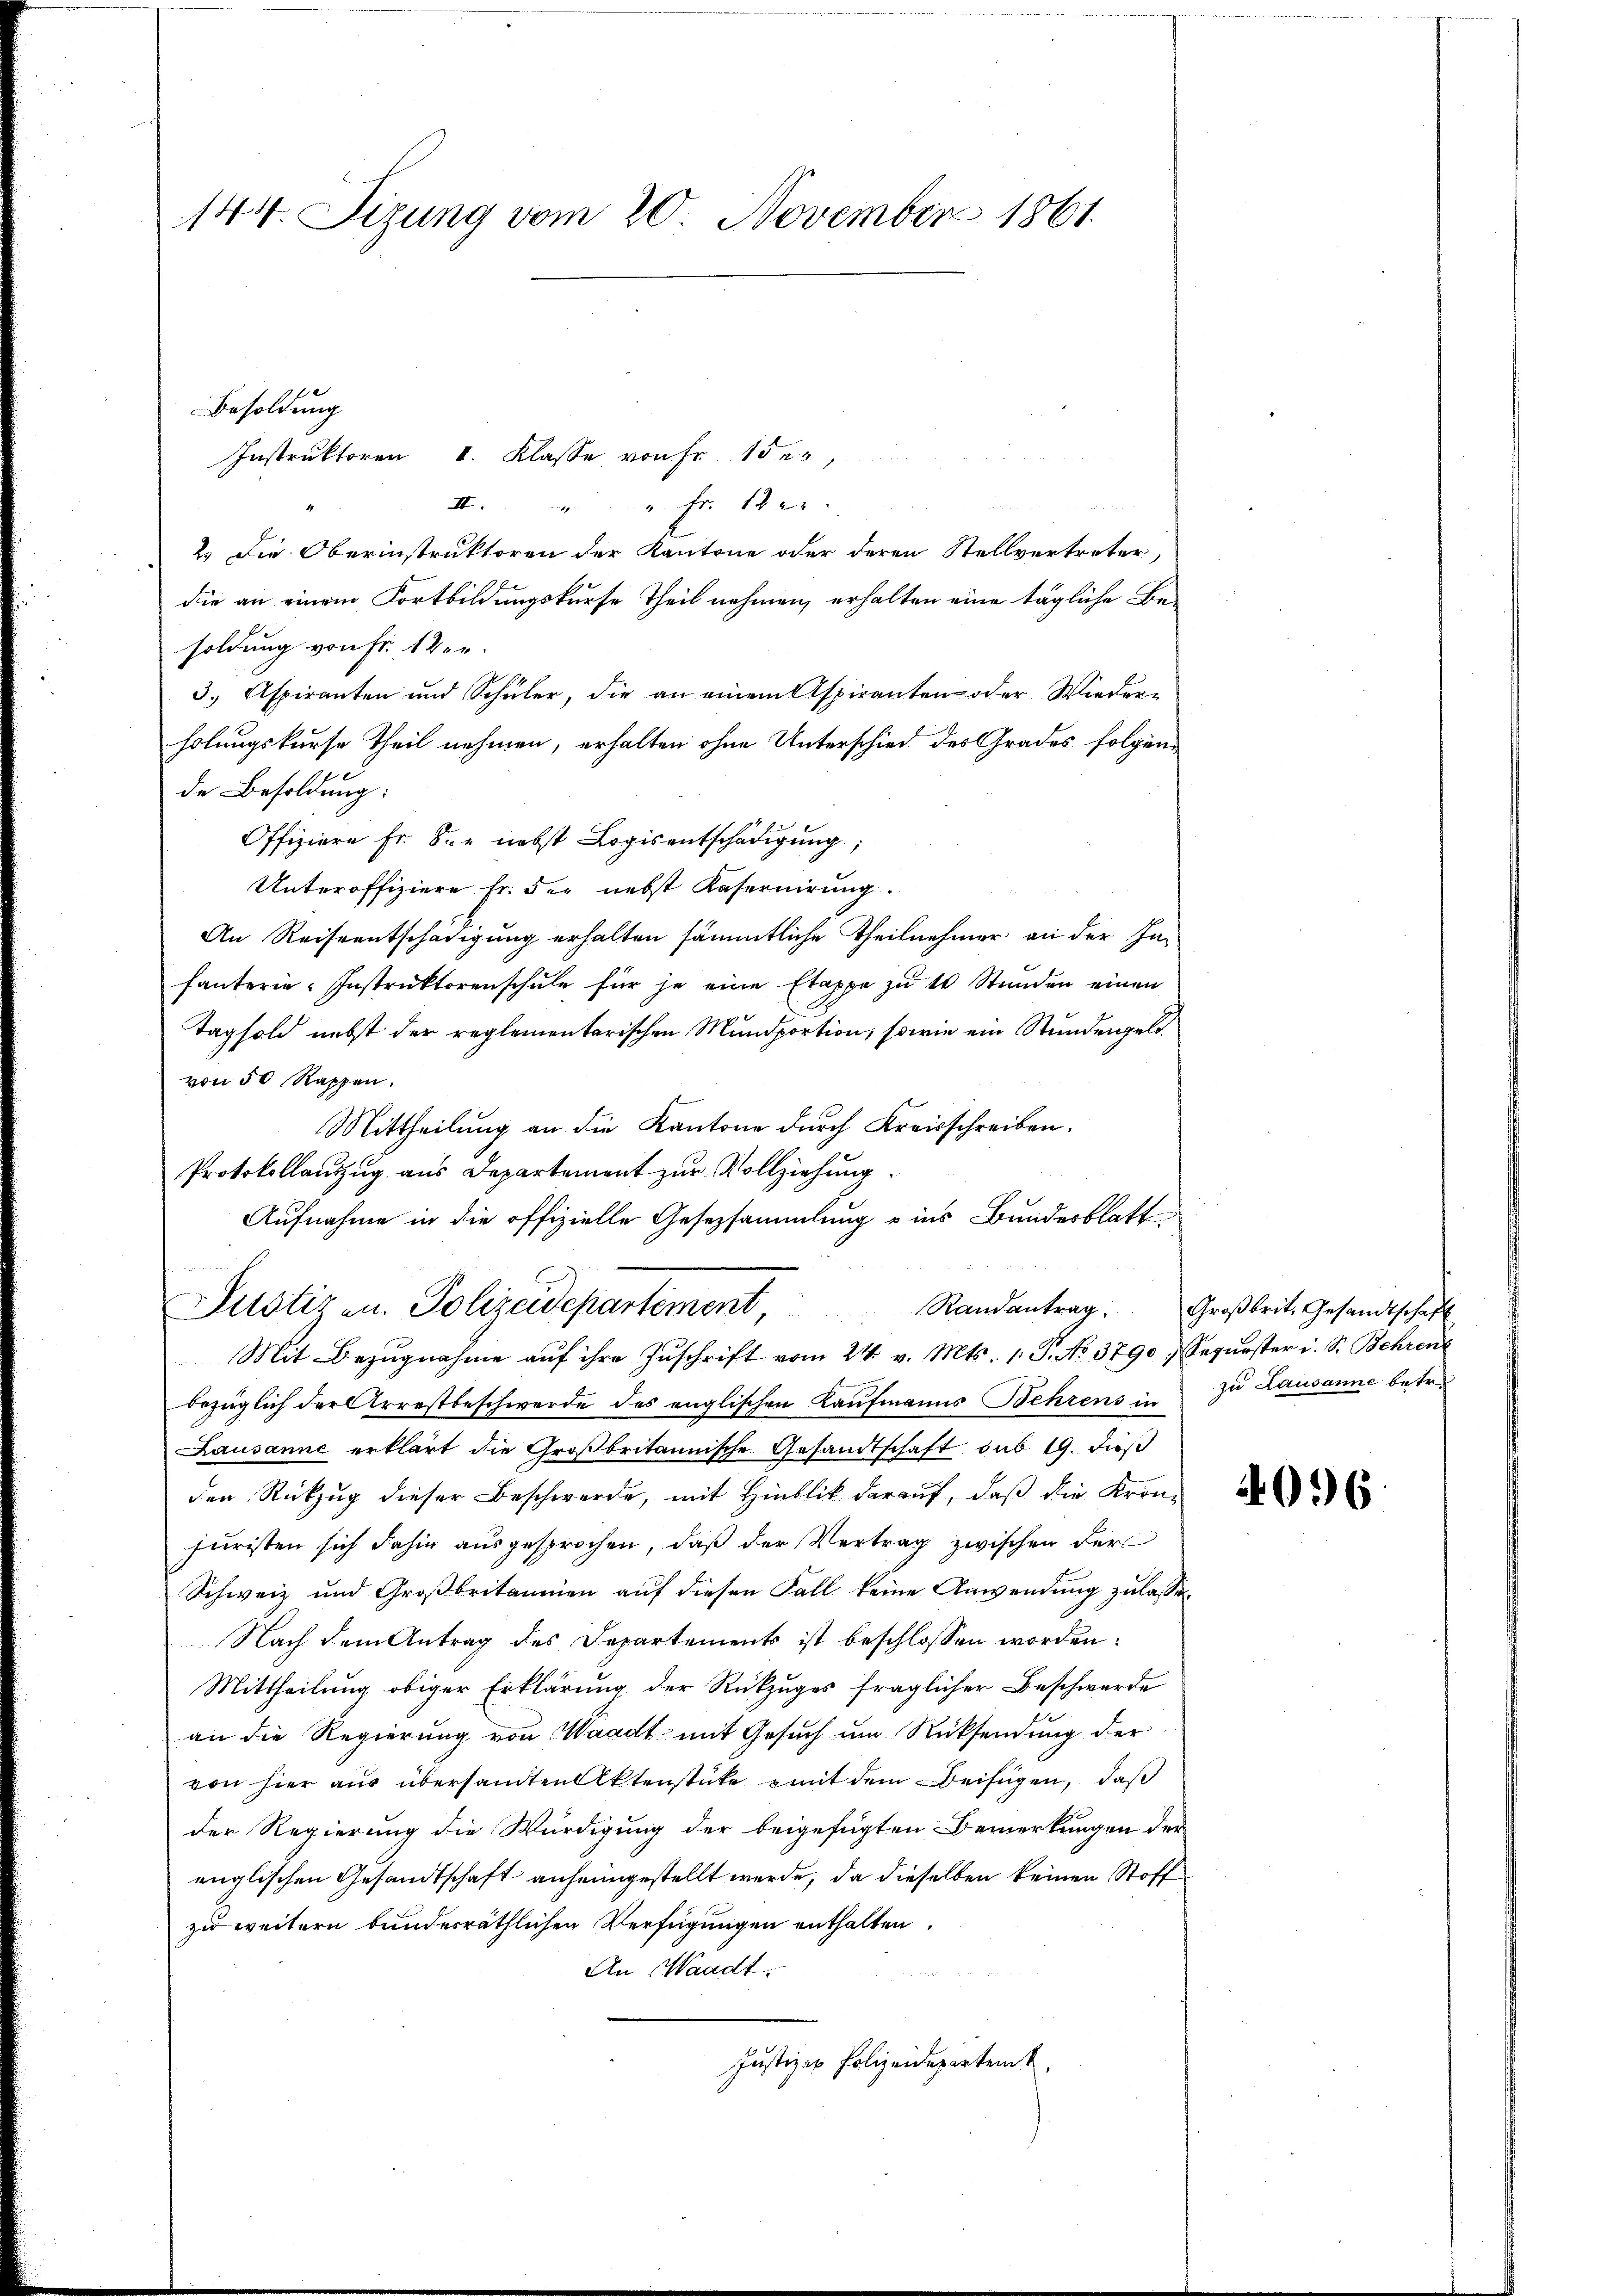
144. Sizung vom 20. November 1861.

Instruktoren I. Klasse von Fr. 15 er,
II
" Fr. 12 er
2.) Die Oberinstruktoren der Kantone oder deren Stellvertreter,
die an einem Fortbildungskurse Theil nehmen, erhalten eine tägliche Be-
soldung von Fr. 1 Ver¬
3.) Aspiranten und Schüler, die an einem Aspiranten oder Wiederholungskurse Theil nehmen, erhalten ohne Unterschied des Grades folgende Besoldung:
Offiziere Fr. 8. nebst Logis entschädigung;
Unteroffiziere fr. der nebst Kasernirung.
An Reiseentschädigung erhalten sämmtliche Theilnehmer an der Infanterie-Instruktorenschŭle für je eine Etappe zŭ 1 Stunden einen
Tag sold nebst der reglementarischen Mundportion, sowie ein Stundengeldvon 50 Rappen.
f
Mittheilung an die Kantone durch Kreisschreiben.
Protokollauszug aus Departement zur Vollziehung.
Aufnahme in die offizielle Gesezsammlung ins Bundesblatt
Pustiz an. Polizeidepartement
Mit Bezŭgnahme aŭf ihre Zŭschrift vom 24. v. Mts. 1. P. No. 3790, Segŭrster i. S. Behren
bezüglich der Arrestbeschwerde des englischen Kaufmanns Behrens in zu Lausanne betr.
Lausanne erklärt die Großbritannische Gesandtschaft sub 19. dieß
der Rückzug dieser Beschwerde, mit Hinblik darauf, daß die Krönjuristen sich dahin ausgesprochen, daß der Vertrag zwischen Fer¬
Schweiz und Großbritanien auf diesen Fall keine Anwendung zulasse¬
Nach dem Antrag des Departements ist beschlossen worden.
Mittheilung obiger Erklärung der Rückzuges fraglicher Beschwerde
an die Regierung von Waadt mit Gesuch um Rücksendung der
von hier aus übersandten Aktenstücke mit dem Beifügen, daß
der Regierung die Würdigung der beigefügten Bemerkungen der
englischen Gesandtschaft anheimgestellt werde, da dieselben keinen Stoff
zu weitern bundesräthlichen Verfügungen enthalten.
An Waadt,
Justiz - Polizeidepartem

Besoldung

Randantrag. Großbrit. Gesandtschaft

4096